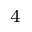
^ 4